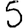
Digit: 5